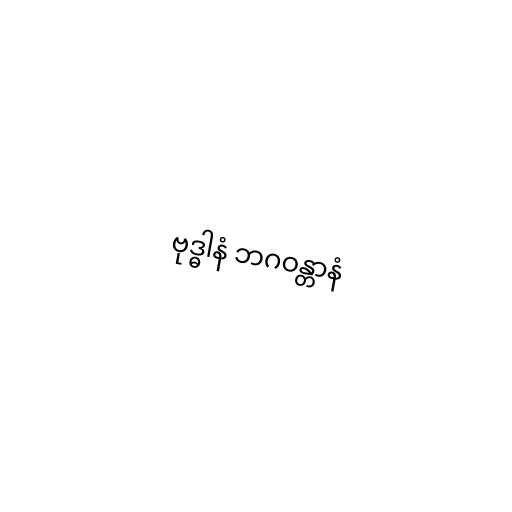
ဗုဒ္ဓါနံ ဘဂဝန္တာနံ